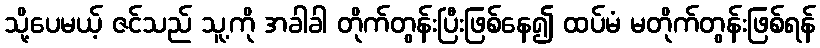
သို့ပေမယ့် ဇင်သည် သူ့ကို အခါခါ တိုက်တွန်းပြီးဖြစ်နေ၍ ထပ်မံ မတိုက်တွန်းဖြစ်ရန်